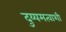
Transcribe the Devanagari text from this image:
दुय्यमत्वाशी